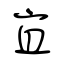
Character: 宜